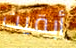
أبقيت